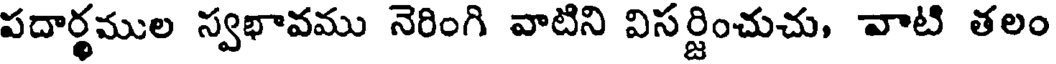
పదార్థముల స్వభావము నెరింగి వాటిని విసర్జించుచు, వాటి తలం